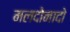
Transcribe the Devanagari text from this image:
मलदोनादो